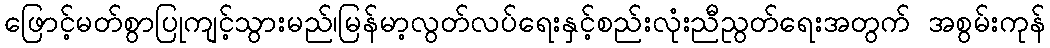
ဖြောင့်မတ်စွာပြုကျင့်သွားမည်၊မြန်မာ့လွတ်လပ်ရေးနှင့်စည်းလုံးညီညွတ်ရေးအတွက် အစွမ်းကုန်